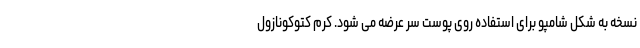
نسخه به شکل شامپو برای استفاده روی پوست سر عرضه می شود. کرم کتوکونازول